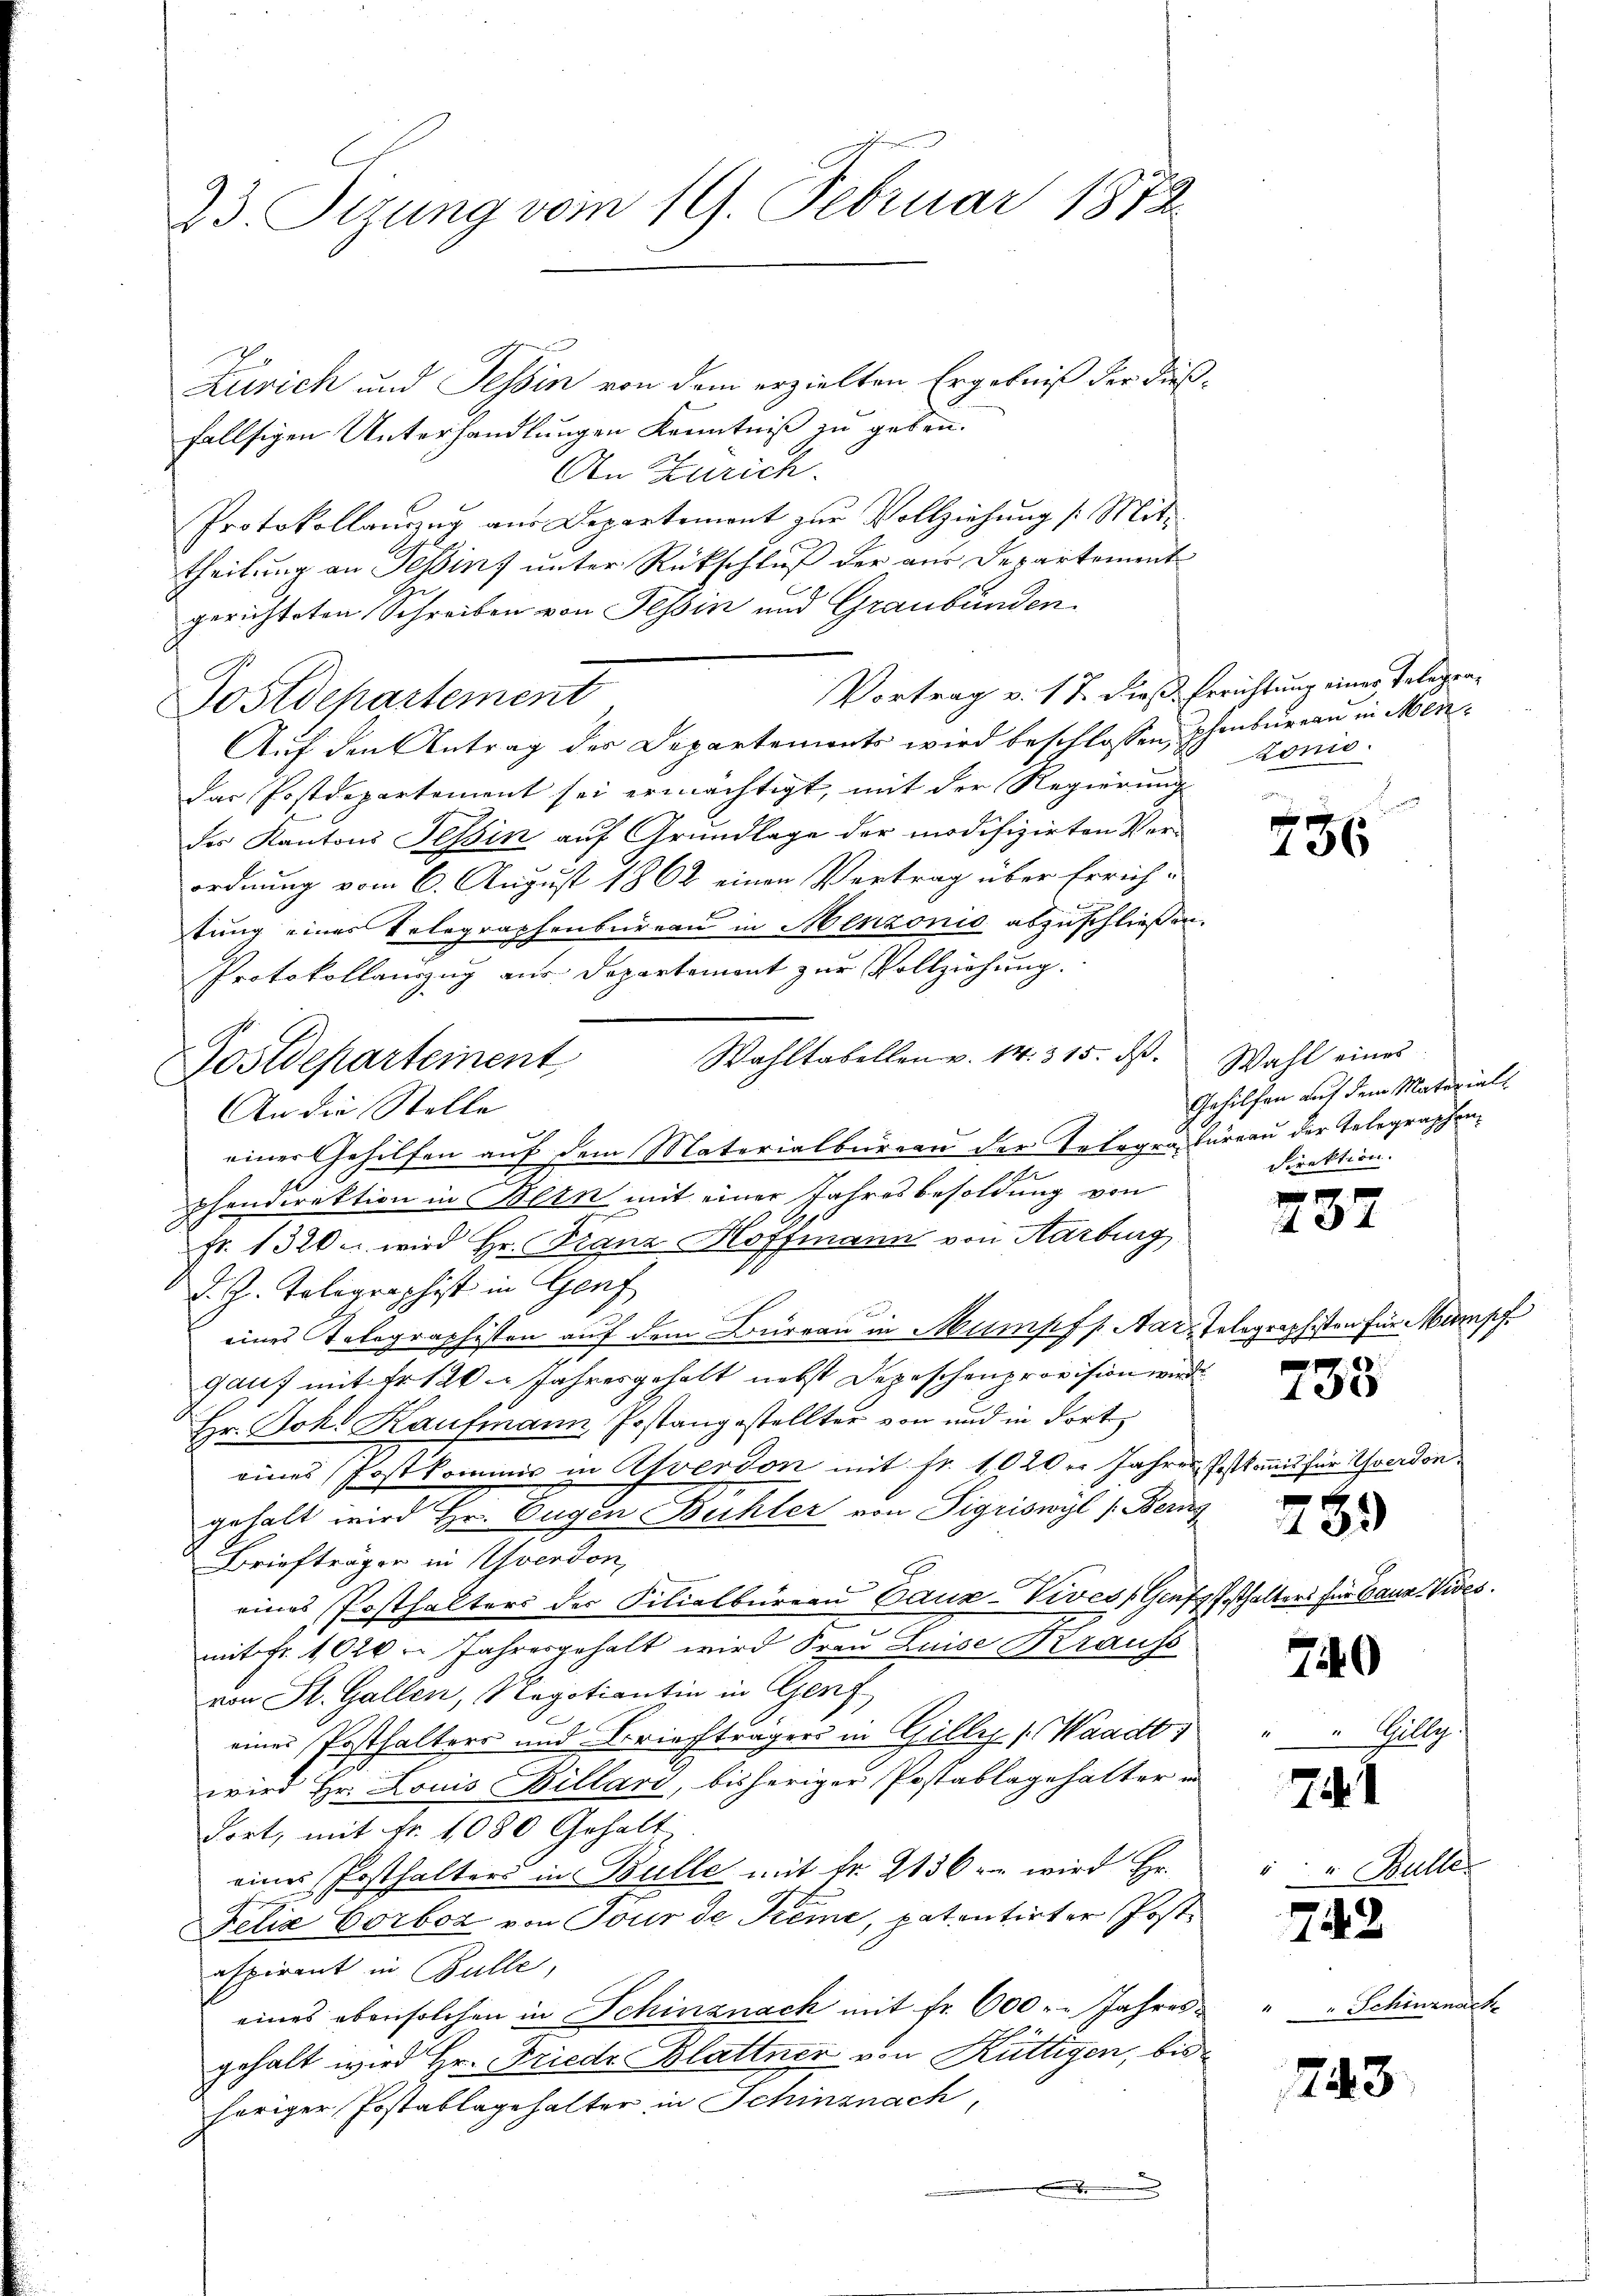
23. Segung vom 19. Februar 1872.

Zürich und Tessin von dem erzielten Ergebniß der dießfallsigen Unterhandlungen Kenntniß zu geben.
An Zürich.
Protokollauszug aus Departement zur Vollziehung /: Mittheilung an Selins unter Rückschluß der aus Departement
gerichteten Schreiben von Tessin und Graubünden.
Vortrag v. 17. dieß Errichtung eines Telegra¬
Postdepartement
Auf den Antrag des Departements wird beschlossen, phenbureau in Mendas Postdepartement sei ermächtigt, mit der Regierung
des Kantons Tessin auf Grundlage der modifizirten Verordnung vom 6. August 1862 einen Vertrag über Errich-
tung eines Telegraphenbureau in Menzonis abzuschließen.
Protokollauszug aus Departement zur Vollziehung.
Wahltabellen v. 14. 315. ds. Wahl eines
An die Stelle
einer Gehilfen auf dem Materialbureau der Telegra Füreau der Gelegraphen¬

phendirektion in Bern mit einer Jahresbesoldung von
Fr. 1320 u. wird Hr. Franz Hoffmann von Aarburg
S
d. J. Poligraphist in Genf
n
¬
eines Telegraphisten auf dem Büreau in Mumpfs Nar. Telegraphisten für Mampf
gauf mit Fr. 120. Jahresgehalt nebst Depeschenprovision wird
Hr. Bok. Kaufmann, Jostangestellter von und in dort
eines Postkomme in Asverdon mit Fr. 1020. Jahres Postkanis für Yverdon
gehalt wird Hr. Eugen Bühler von Sigriswyl (Bern
Briefträger in Yverdon,
eines Posthalters der Filialbüreau Bauz-Vives Genfesthalters für Ganz Vides.
mit Fr. 1020. Jahresgehalt wird Frau Luise Krauss
von St. Gallen, Negotiantin in Genf
einer Posthalters und Briefträgers in Gillig (Waadt,
wird Hr. Louis Billard, bisheriger Postablagehalter in
Fort, mit Fr. 1080 Gehalt
eines Posthalters in Bulle mit fr. 2136 - wird Hr.
Felix Corboz von Tour de Kreme, patentirter Postespirant in Bulle,
eines ebensolchen in Schinznach mit fr. 600. Jahresgehalt wird Hr. Friedr Blattner von Rüttigen, bis
höriger Postablagehalter in Schinznach,

Postdepartement

zonis.

736

Gehilfen auf dem Materieli
Direktion.

2

430

749

7

7

7.

289

Allg

Malle

Schinznach

3